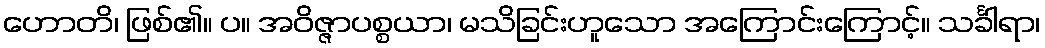
ဟောတိ၊ ဖြစ်၏။ ပ။ အဝိဇ္ဇာပစ္စယာ၊ မသိခြင်းဟူသော အကြောင်းကြောင့်။ သင်္ခါရာ၊